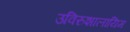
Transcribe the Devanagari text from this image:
उविरुशालायिम